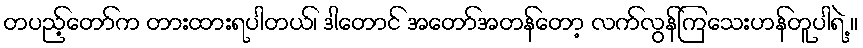
တပည့်တော်က တားထားရပါတယ်၊ ဒါတောင် အတော်အတန်တော့ လက်လွန်ကြသေးဟန်တူပါရဲ့ ။